Code of medical and sanitary regulations for the guidance of medical officers serving in the Madras Presidency - Volume II
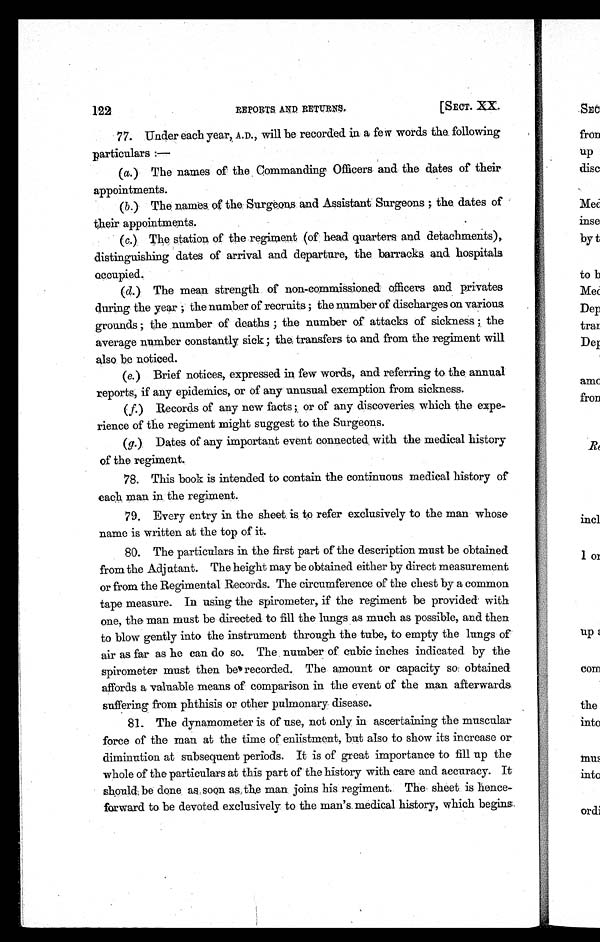
122
REPORTS AND RETURNS.
[SECT. XX.
77. Under each year, A.D., will be recorded in a few words the following
particulars :
—
(a) The names of the Commanding Officers and the dates of their
appointments.
(b)The names of the Surgeons and Assistant Surgeons; the dates of
their appointments.
(c ) The station of the regiment (of head quarters and detachments),
distinguishing dates of arrival and departure, the barracks and hospitals
occupied.,
(d) The mean strength of non-commissioned officers and privates
during the year; the number of recruits; the number of discharges on various
grounds; the number of deaths; the number of attacks of sickness; the
average number constantly sick; the transfers to and from the regiment will
also be noticed.
(e) Brief notices, expressed in few words, and referring to the annual
reports, if any epidemics, or of any unusual exemption from sickness.
(f)Records of any new facts; or of any discoveries which the expe
- r i e n c e o f t h e r e g i m e n t m i g h t s u g g e s t t o t h e S u r g e o n s .
(g.). Dates of any important event connected with the medical history
of the regiment.
78. This book is intended to contain the continuous medical history of
each man in the regiment.
79. Every entry in the sheet is to refer exclusively to the man whose
name is written at the top of it.
80. The particulars in the first part of the description must be obtained
from the Adjutant. The height may be obtained either by direct measurement
or from the Regimental Records. The circumference of the chest by a common
tape measure. In using the spirometer, if the regiment be provided with
one, the man must be directed to fill the lungs as much as possible, and then
to blow gently into the instrument through the tube, to empty the lungs of
air as far as he can do so. The number of cubic inches indicated by the
spirometer must then be recorded. The amount or capacity so obtained
affords a valuable means of comparison in the event of the man afterwards
suffering from phthisis or other pulmonary disease.
81. The dynamometer is of use, not only in ascertaining the muscular
force of the man at the time of enlistment, but also to show its increase or
diminution at subsequent periods. It is of great importance to fill up the
whole of the particulars at this part of the history with care and accuracy. It
should be done as soon as the man joins his regiment. The sheet is hence-
forward to be devoted exclusively to the man's medical history, which begins.